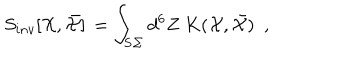
S _ { i n v } [ { \cal X } , \bar { { \cal X } } ] \, = \int _ { \bf { S \Sigma } } d ^ { 6 } Z \ K ( { \cal X } , \bar { { \cal X } } ) \ \ ,